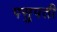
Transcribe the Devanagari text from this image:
पसुपती